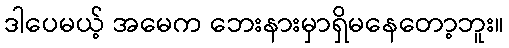
ဒါပေမယ့် အမေက ဘေးနားမှာရှိမနေတော့ဘူး။